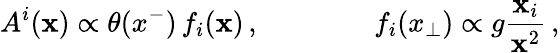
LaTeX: A^{i}({\mathbf x})\propto\theta(x^{-})\, f_{i}({\mathbf x})\, ,\qquad\qquad f_{i}(x_{\perp})\propto g{\frac{\mathbf x_{i}}{{\mathbf x}^{2}}}\, ,